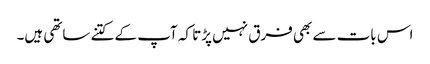
اس بات سے بھی فرق نہیں پڑتا کہ آپ کے کتنے ساتھی ہیں۔